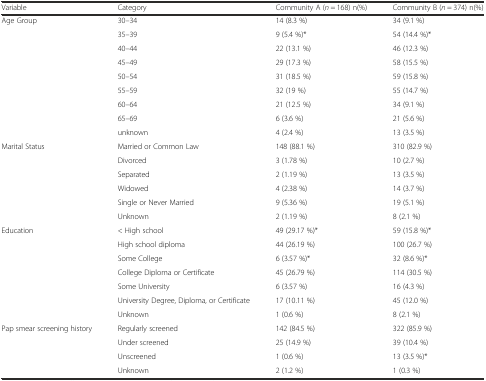
<table><thead><tr><td><b>Variable</b></td><td><b>Category</b></td><td><b>Community A (<i>n</i> = 168) n(%)</b></td><td><b>Community B (<i>n</i> = 374) n(%)</b></td></tr></thead><tbody><tr><td rowspan="9">Age Group</td><td>30–34</td><td>14 (8.3 %)</td><td>34 (9.1 %)</td></tr><tr><td>35–39</td><td>9 (5.4 %)*</td><td>54 (14.4 %)*</td></tr><tr><td>40–44</td><td>22 (13.1 %)</td><td>46 (12.3 %)</td></tr><tr><td>45–49</td><td>29 (17.3 %)</td><td>58 (15.5 %)</td></tr><tr><td>50–54</td><td>31 (18.5 %)</td><td>59 (15.8 %)</td></tr><tr><td>55–59</td><td>32 (19 %)</td><td>55 (14.7 %)</td></tr><tr><td>60–64</td><td>21 (12.5 %)</td><td>34 (9.1 %)</td></tr><tr><td>65–69</td><td>6 (3.6 %)</td><td>21 (5.6 %)</td></tr><tr><td>unknown</td><td>4 (2.4 %)</td><td>13 (3.5 %)</td></tr><tr><td rowspan="6">Marital Status</td><td>Married or Common Law</td><td>148 (88.1 %)</td><td>310 (82.9 %)</td></tr><tr><td>Divorced</td><td>3 (1.78 %)</td><td>10 (2.7 %)</td></tr><tr><td>Separated</td><td>2 (1.19 %)</td><td>13 (3.5 %)</td></tr><tr><td>Widowed</td><td>4 (2.38 %)</td><td>14 (3.7 %)</td></tr><tr><td>Single or Never Married</td><td>9 (5.36 %)</td><td>19 (5.1 %)</td></tr><tr><td>Unknown</td><td>2 (1.19 %)</td><td>8 (2.1 %)</td></tr><tr><td rowspan="7">Education</td><td>&lt; High school</td><td>49 (29.17 %)*</td><td>59 (15.8 %)*</td></tr><tr><td>High school diploma</td><td>44 (26.19 %)</td><td>100 (26.7 %)</td></tr><tr><td>Some College</td><td>6 (3.57 %)*</td><td>32 (8.6 %)*</td></tr><tr><td>College Diploma or Certificate</td><td>45 (26.79 %)</td><td>114 (30.5 %)</td></tr><tr><td>Some University</td><td>6 (3.57 %)</td><td>16 (4.3 %)</td></tr><tr><td>University Degree, Diploma, or Certificate</td><td>17 (10.11 %)</td><td>45 (12.0 %)</td></tr><tr><td>Unknown</td><td>1 (0.6 %)</td><td>8 (2.1 %)</td></tr><tr><td rowspan="4">Pap smear screening history</td><td>Regularly screened</td><td>142 (84.5 %)</td><td>322 (85.9 %)</td></tr><tr><td>Under screened</td><td>25 (14.9 %)</td><td>39 (10.4 %)</td></tr><tr><td>Unscreened</td><td>1 (0.6 %)</td><td>13 (3.5 %)*</td></tr><tr><td>Unknown</td><td>2 (1.2 %)</td><td>1 (0.3 %)</td></tr></tbody></table>